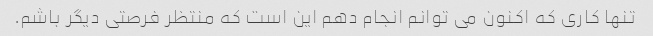
تنها کاری که اکنون می توانم انجام دهم این است که منتظر فرصتی دیگر باشم.